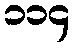
၁၁၄